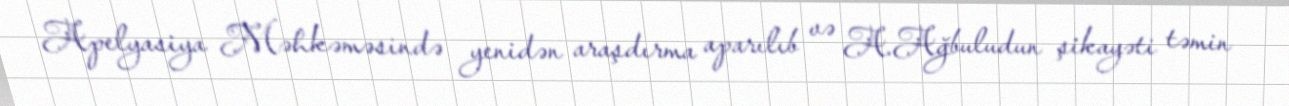
Apelyasiya Məhkəməsində yenidən araşdırma aparılıb və A.Ağbuludun şikayəti təmin